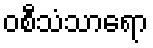
ဝစီသံသာရော